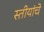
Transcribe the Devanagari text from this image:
स्तीयांचे